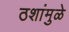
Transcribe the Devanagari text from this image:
ठशांमुळे